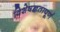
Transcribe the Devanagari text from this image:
विशेषज्ञतापूर्ण